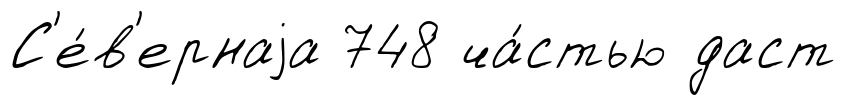
С'е́в'ернаjа 748 ча́стью даст